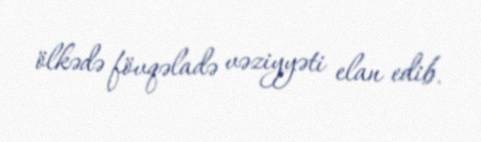
ölkədə fövqəladə vəziyyəti elan edib.